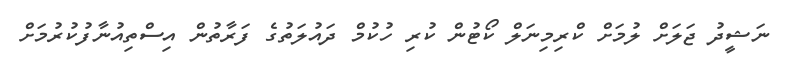
ނަޝީދު ޖަލަށް ލުމަށް ކްރިމިނަލް ކޯޓުން ކުރި ހުކުމް ދައުލަތުގެ ފަރާތުން އިސްތިއުނާފުކުރުމަށް